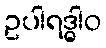
ဥပါရဒ္ဓါဝ